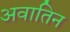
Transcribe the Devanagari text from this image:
अवातिन